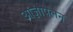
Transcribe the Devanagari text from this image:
आज्ञापलन